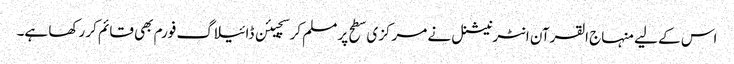
اس کے لیے منہاج القرآن انٹرنیشنل نے مرکزی سطح پر مسلم کرسچیئن ڈائیلاگ فورم بھی قائم کر رکھا ہے۔